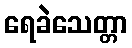
ရေခဲသေတ္တာ